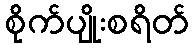
စိုက်ပျိုးစရိတ်